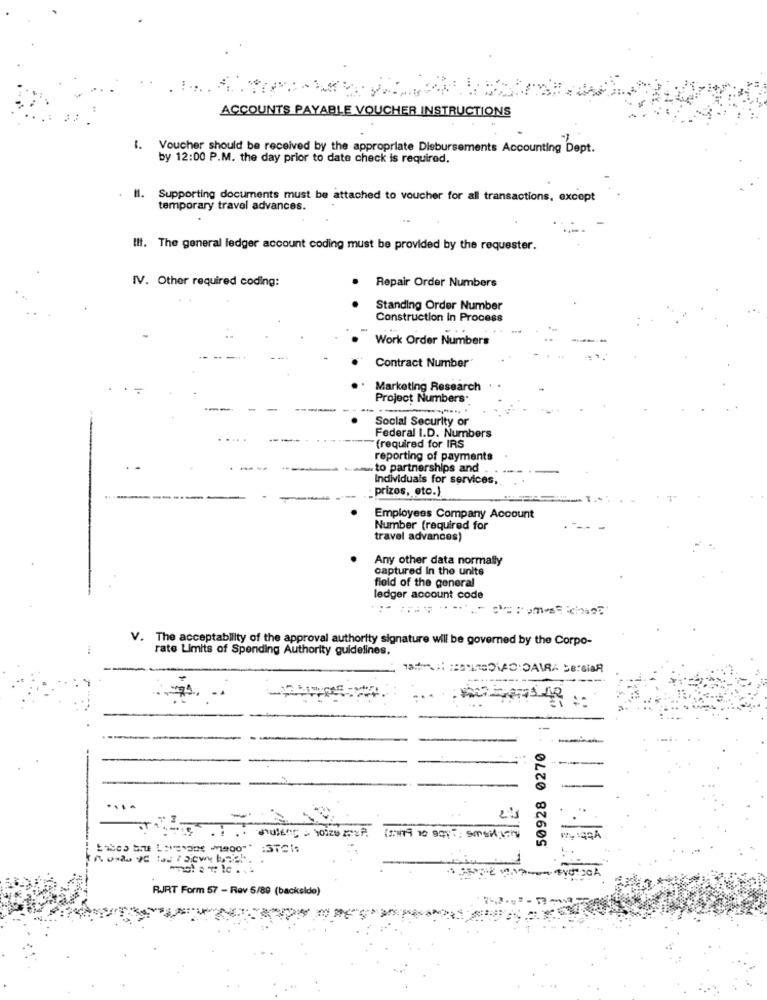
ACCOUNTS PAYABLE VOUCHER INSTRUCTIONS
1. Voucher should be received by the appropriate Disbursements Accounting Dept.
by 12:00 P.M. the day prior to date check is required.
Supporting documents must be attached to voucher for all transactions, except
temporary travel advances.
III. The general ledger account coding must be provided by the requester.
IV. Other required coding:
Repair Order Numbers
Standing Order Number
Construction In Process
Work Order Numbers
Contract Number
Marketing Research
Project Numbers.
Social Security or
Federal I.D. Numbers
(required for IRS
reporting of payments
..
to partnerships and
Individuais for services
prizes, etc.)
Employees Company Account
Number (required for
travel advances)
Any other data normally
captured In the unite
field of the general
ledger account code
V. The acceptability of the approval authority signature will be governed by the Corpo-
rate Limits of Spending Authority guidelines.
!
-
50928 0270
(zowi no egy ? ; smetich
RJRT Form 57 - Rav 5/80 (backside)